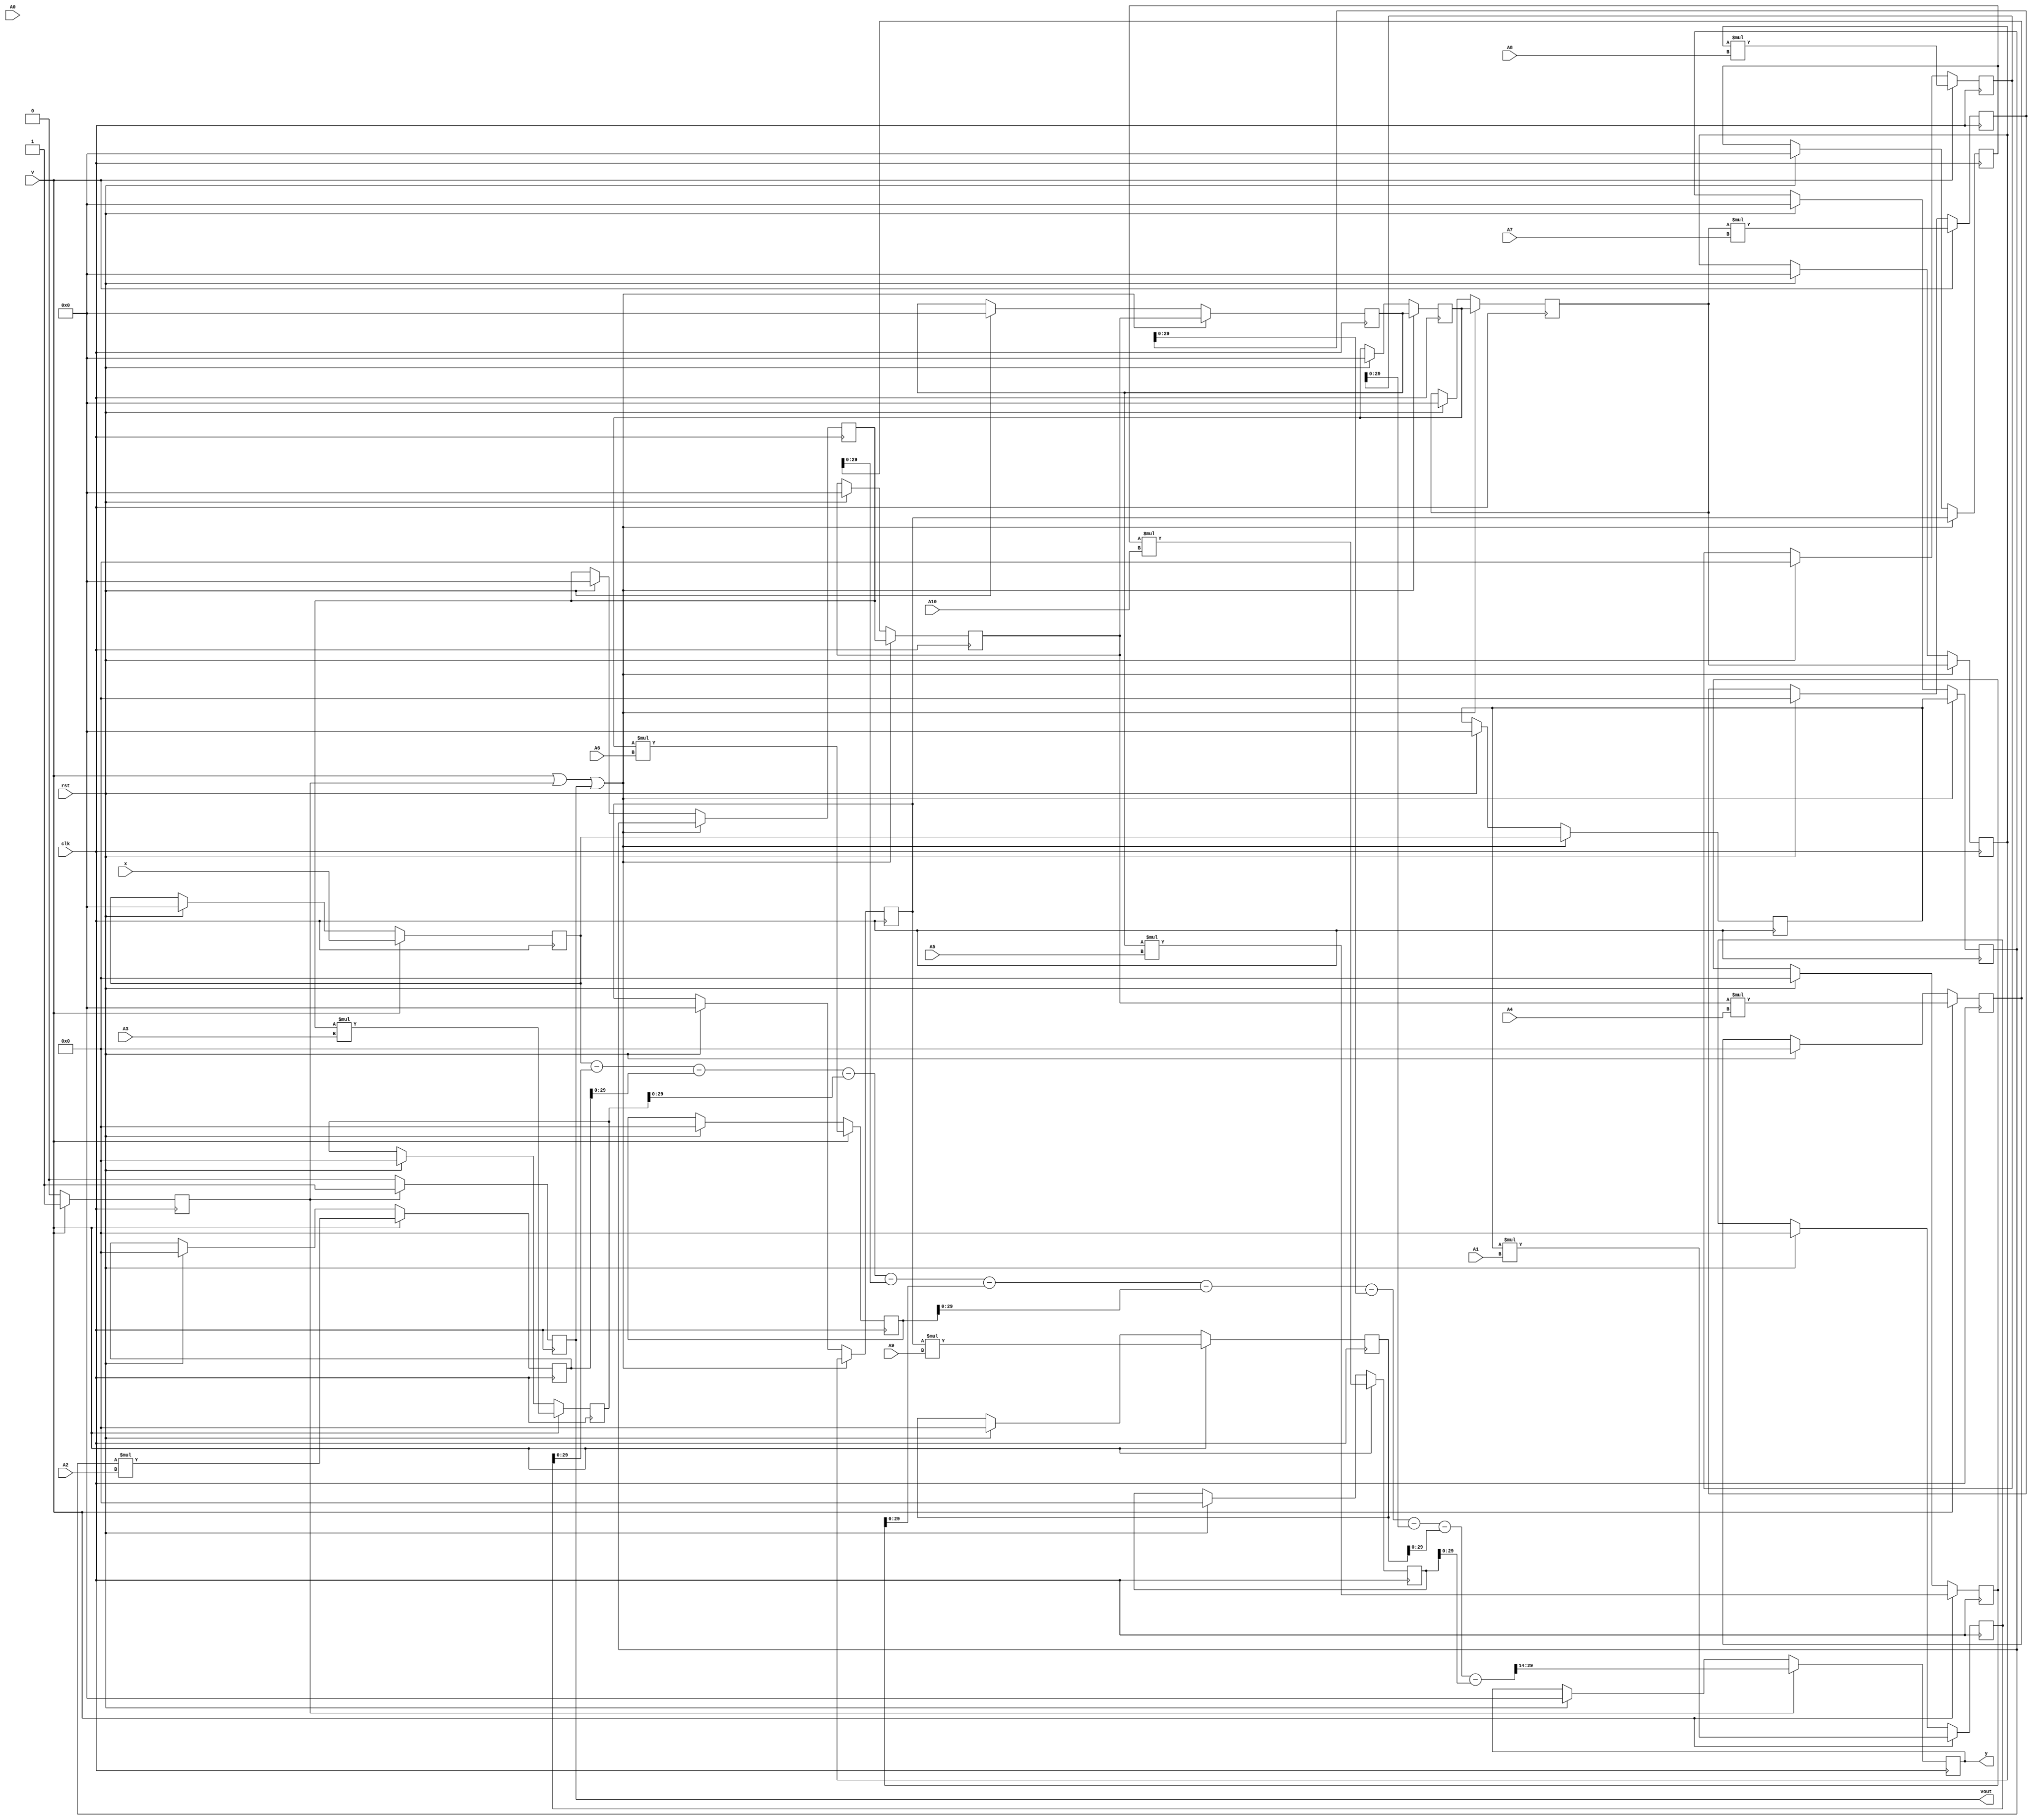
`timescale 1ns/1ns

// LPC synthesis filter

module synthfilt(input wire clk,
				 input wire rst,
				 input wire 			  v,
				 input wire signed [15:0] x,
				 input wire signed [15:0] A0,
				 input wire signed [15:0] A1,
				 input wire signed [15:0] A2,
				 input wire signed [15:0] A3,
				 input wire signed [15:0] A4,
				 input wire signed [15:0] A5,
				 input wire signed [15:0] A6,
				 input wire signed [15:0] A7,
				 input wire signed [15:0] A8,
				 input wire signed [15:0] A9,
				 input wire signed [15:0] A10,
				 output reg signed [15:0] y,
				 output reg 			  vout);
				 
		reg signed [15:0] y1, y2, y3, y4, y5, y6, y7, y8, y9, y10, x_tmp;
		reg signed [31:0] y1_tmp, y2_tmp, y3_tmp, y4_tmp, y5_tmp, y6_tmp, y7_tmp, y8_tmp, y9_tmp, y10_tmp;
		
		reg v1;
				 
		always @(posedge clk)
		begin
			if (rst)
			begin
				y  <= 16'b0;
				y1 <= 16'b0;
				y2 <= 16'b0;
				y3 <= 16'b0;
				y4 <= 16'b0;
				y5 <= 16'b0;
				y6 <= 16'b0;
				y7 <= 16'b0;
				y8 <= 16'b0;
				y9 <= 16'b0;
				y10 <= 16'b0;
				y1_tmp <= 16'b0;
				y2_tmp <= 16'b0;
				y3_tmp <= 16'b0;
				y4_tmp <= 16'b0;
				y5_tmp <= 16'b0;
				y6_tmp <= 16'b0;
				y7_tmp <= 16'b0;
				y8_tmp <= 16'b0;
				y9_tmp <= 16'b0;
				y10_tmp <= 16'b0;
				vout <= 1'b0;
				v1 <= 1'b0;
				x_tmp <= 1'b0;
				
			end
			if (v)
			begin
				y1_tmp <= y1 * A1;
				y2_tmp <= y2 * A2;
				y3_tmp <= y3 * A3;
				y4_tmp <= y4 * A4;
				y5_tmp <= y5 * A5;
				y6_tmp <= y6 * A6;
				y7_tmp <= y7 * A7;
				y8_tmp <= y8 * A8;
				y9_tmp <= y9 * A9;
				y10_tmp <= y10 * A10;
				x_tmp <= x;
				v1 <= 1'b1;
			end else
				v1 <= 1'b0;
			if (v1)
			begin
				y <= (x_tmp - y1_tmp - y2_tmp - y3_tmp - y4_tmp - y5_tmp
					  - y6_tmp - y7_tmp - y8_tmp - y9_tmp - y10_tmp) >>> 14;
				vout <= 1'b1;
			end else
				vout <= 1'b0;
			if (v || v1 || vout)
			begin
				y1 <= x_tmp;
				y2 <= y1;
				y3 <= y2;
				y4 <= y3;
				y5 <= y4;
				y6 <= y5;
				y7 <= y6;
				y8 <= y7;
				y9 <= y8;
				y10 <= y9;
			end
		end
endmodule